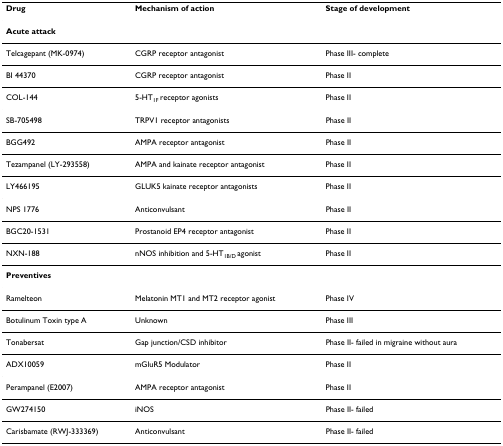
<table><thead><tr><td><b>Drug</b></td><td><b>Mechanism of action</b></td><td><b>Stage of development</b></td></tr></thead><tbody><tr><td colspan="3"><b>Acute attack</b></td></tr><tr><td>Telcagepant (MK-0974)</td><td>CGRP receptor antagonist</td><td>Phase III- complete</td></tr><tr><td>BI 44370</td><td>CGRP receptor antagonist</td><td>Phase II</td></tr><tr><td>COL-144</td><td>5-HT<sub>1F </sub>receptor agonists</td><td>Phase II</td></tr><tr><td>SB-705498</td><td>TRPV1 receptor antagonists</td><td>Phase II</td></tr><tr><td>BGG492</td><td>AMPA receptor antagonist</td><td>Phase II</td></tr><tr><td>Tezampanel (LY-293558)</td><td>AMPA and kainate receptor antagonist</td><td>Phase II</td></tr><tr><td>LY466195</td><td>GLUK5 kainate receptor antagonists</td><td>Phase II</td></tr><tr><td>NPS 1776</td><td>Anticonvulsant</td><td>Phase II</td></tr><tr><td>BGC20-1531</td><td>Prostanoid EP4 receptor antagonist</td><td>Phase II</td></tr><tr><td>NXN-188</td><td>nNOS inhibition and 5-HT<sub>1B/D </sub>agonist</td><td>Phase II</td></tr><tr><td colspan="3"><b>Preventives</b></td></tr><tr><td>Ramelteon</td><td>Melatonin MT1 and MT2 receptor agonist</td><td>Phase IV</td></tr><tr><td>Botulinum Toxin type A</td><td>Unknown</td><td>Phase III</td></tr><tr><td>Tonabersat</td><td>Gap junction/CSD inhibitor</td><td>Phase II- failed in migraine without aura</td></tr><tr><td>ADX10059</td><td>mGluR5 Modulator</td><td>Phase II</td></tr><tr><td>Perampanel (E2007)</td><td>AMPA receptor antagonist</td><td>Phase II</td></tr><tr><td>GW274150</td><td>iNOS</td><td>Phase II- failed</td></tr><tr><td>Carisbamate (RWJ-333369)</td><td>Anticonvulsant</td><td>Phase II- failed</td></tr></tbody></table>